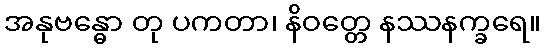
အနုဗန္ဓော တု ပကတာ၊ နိဝတ္တေ နဿနက္ခရေ။